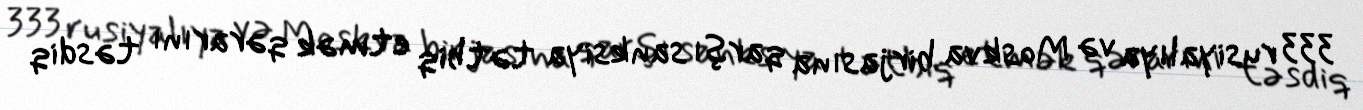
333 rusiyalıya və Moskva birjasına qarşı sanksiya tətbiq etmək qərarını təsdiq